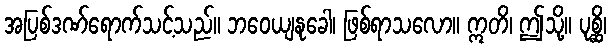
အပြစ်ဒဏ်ရောက်သင့်သည်။ ဘဝေယျနုခေါ၊ ဖြစ်ရာသလော။ ဣတိ၊ ဤသို့။ ပုစ္ဆိ၊